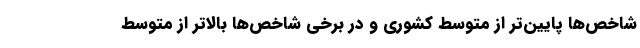
شاخص‌ها پایین‌تر از متوسط کشوری و در برخی شاخص‌ها بالاتر از متوسط